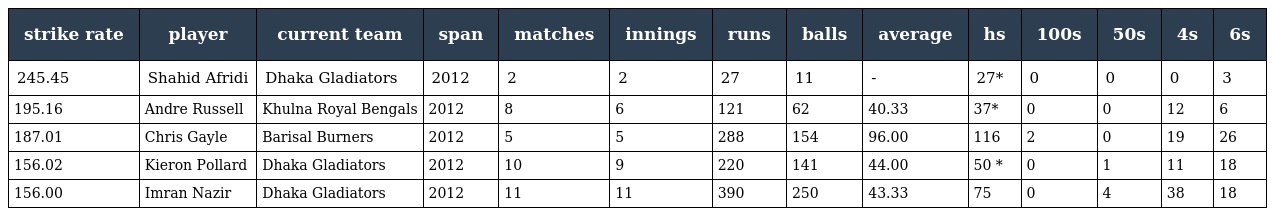
| strike rate | player | current team | span | matches | innings | runs | balls | average | hs | 100s | 50s | 4s | 6s |
 | --- | --- | --- | --- | --- | --- | --- | --- | --- | --- | --- | --- | --- | --- |
 | 245.45 | Shahid Afridi | Dhaka Gladiators | 2012 | 2 | 2 | 27 | 11 | - | 27* | 0 | 0 | 0 | 3 |
 | 195.16 | Andre Russell | Khulna Royal Bengals | 2012 | 8 | 6 | 121 | 62 | 40.33 | 37* | 0 | 0 | 12 | 6 |
 | 187.01 | Chris Gayle | Barisal Burners | 2012 | 5 | 5 | 288 | 154 | 96.00 | 116 | 2 | 0 | 19 | 26 |
 | 156.02 | Kieron Pollard | Dhaka Gladiators | 2012 | 10 | 9 | 220 | 141 | 44.00 | 50 * | 0 | 1 | 11 | 18 |
 | 156.00 | Imran Nazir | Dhaka Gladiators | 2012 | 11 | 11 | 390 | 250 | 43.33 | 75 | 0 | 4 | 38 | 18 |